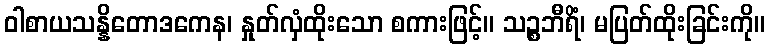
ဝါစာယသန္နိတောဒကေန၊ နှုတ်လှံထိုးသော စကားဖြင့်။ သဉ္စဘီရိံ၊ မပြတ်ထိုးခြင်းကို။